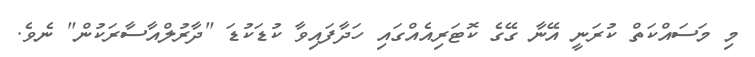
މި މަސައްކަތް ކުރަނީ އޭނާ ގޭގެ ކޮޓަރިއެއްގައި ހަދާފައިވާ ކުޑަކުޑަ "ދާރުލްއާސާރަކުން" ނެވެ.